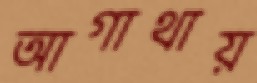
আগাথায়